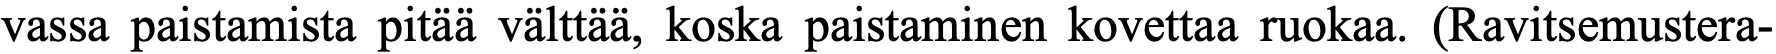
vassa paistamista pitää välttää, koska paistaminen kovettaa ruokaa. (Ravitsemustera-